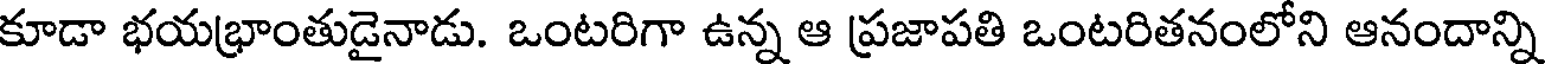
కూడా భయభ్రాంతుడైనాడు. ఒంటరిగా ఉన్న ఆ ప్రజాపతి ఒంటరితనంలోని ఆనందాన్ని